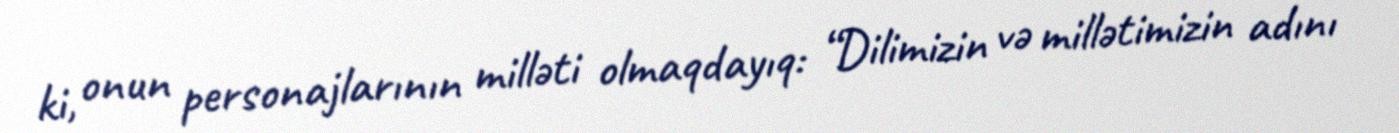
ki, onun personajlarının milləti olmaqdayıq: “Dilimizin və millətimizin adını